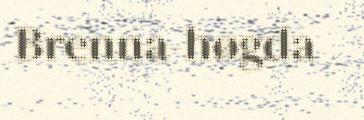
Brenna-høgda